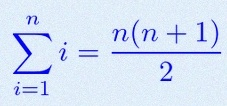
\sum_{i=1}^{n}i=\frac{n(n+1)}2